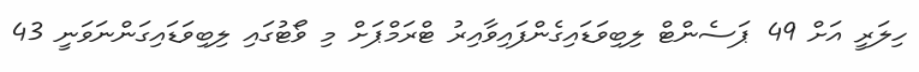
ހިލަރީ އަށް 49 ޕަސެންޓް ލިބިވަޑައިގެންފައިވާއިރު ޓްރަމްޕަށް މި ވޯޓުގައި ލިބިވަޑައިގަންނަވަނީ 43